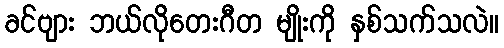
ခင်ဗျား ဘယ်လိုတေးဂီတ မျိုးကို နှစ်သက်သလဲ။